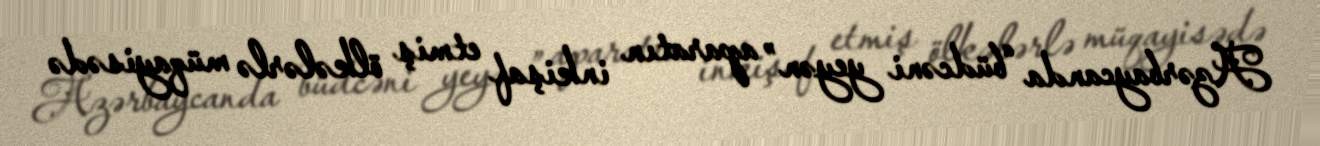
Azərbaycanda “büdcəni yeyən” aparatın inkişaf etmiş ölkələrlə müqayisədə